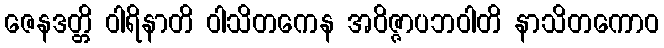
ဇေနဒတ္တိ ဝါရိနာတိ ဝါသိတကေန အဝိဇ္ဇာပဘဝါတိ နာသိတကောဝ